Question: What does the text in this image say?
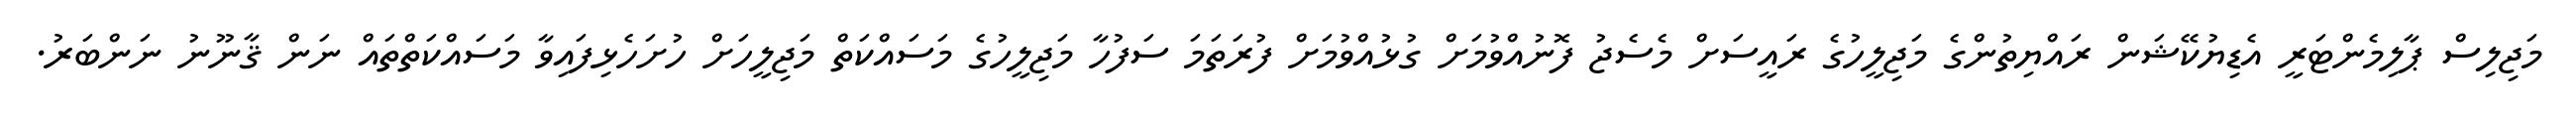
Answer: މަޖިލިސް ޕާލިމެންޓަރީ އެޑިޔުކޭޝަން ރައްޔިތުންގެ މަޖިލީހުގެ ރައީސަށް މެސެޖު ފޮނުއްވުމަށް ގުޅުއްވުމަށް ފުރަތަމަ ސަފުހާ މަޖިލީހުގެ މަސައްކަތް މަޖިލީހަށް ހުށަހެޅިފައިވާ މަސައްކަތްތައް ނަން ޤާނޫނު ނަންބަރު.